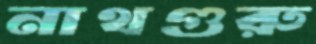
নাথগুরু